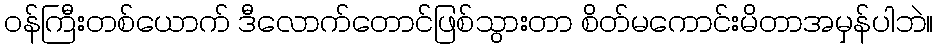
ဝန်ကြီးတစ်ယောက် ဒီလောက်တောင်ဖြစ်သွားတာ စိတ်မကောင်းမိတာအမှန်ပါဘဲ။